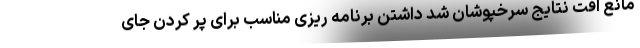
مانع افت نتایج سرخپوشان شد داشتن برنامه ریزی مناسب برای پر کردن جای